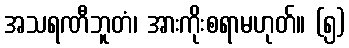
အသရဏီဘူတံ၊ အားကိုးစရာမဟုတ်။ (၅)